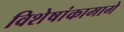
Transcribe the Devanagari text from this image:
विशेषांकामागे